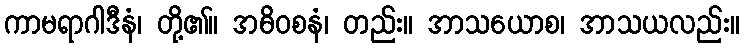
ကာမရာဂါဒီနံ၊ တို့၏။ အဓိဝစနံ၊ တည်း။ အာသယောစ၊ အာသယလည်း။